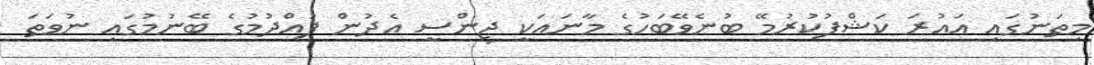
މިތަނުގައި އަޢުރަ ކަޝްފުކުރުމޭ ބުނެވޭބަހުގެ މާނައަކީ ޖިންސީ އެދުން ފުއްދުމުގެ ބޭނުމުގައި ނުވަތަ